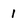
Character: 1